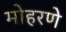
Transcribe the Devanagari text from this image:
मोहरणे